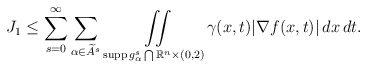
\begin{align*}J_{1} \le \sum\limits_{s=0}^{\infty}\sum\limits_{\alpha \in \widetilde{A}^{s}}\hbox{ }\iint\limits_{\operatorname{supp}g^{s}_{\alpha} \bigcap \mathbb{R}^{n} \times (0,2)}\gamma(x,t)|\nabla f(x,t)|\,dx\,dt.\end{align*}